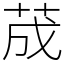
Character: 荿